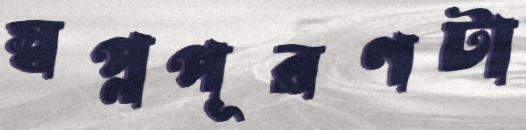
স্বপ্নপূরণটা